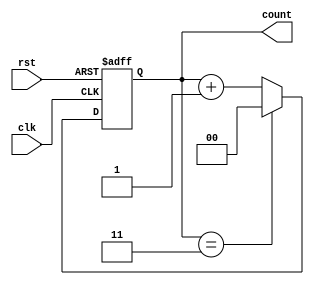
module divide_by_n_counter #(
    parameter N = 4  // Parameter for the division factor, must be > 0
) (
    input wire clk,     // Clock input
    input wire rst,     // Asynchronous reset
    output reg [$clog2(N)-1:0] count // Counter output
);

    // Ensure N is greater than 0
    initial begin
        if (N < 1) begin
            $error("Parameter N must be greater than 0.");
            $finish;
        end
    end

    // Counter logic
    always @(posedge clk or posedge rst) begin
        if (rst) begin
            count <= 0; // Reset the counter to 0
        end else begin
            if (count == N-1) begin
                count <= 0; // Wrap around to 0 when reaching N
            end else begin
                count <= count + 1; // Increment the counter
            end
        end
    end

endmodule